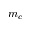
m _ { c }